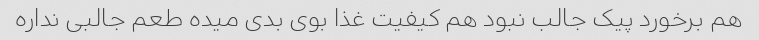
هم برخورد پیک جالب نبود هم کیفیت غذا بوی بدی میده طعم جالبی نداره